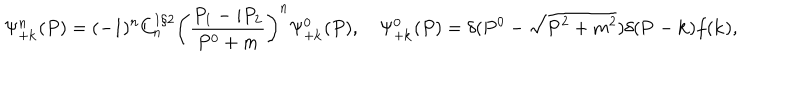
\Psi _ { + \bf k } ^ { n } ( P ) = ( - 1 ) ^ { n } C _ { n } ^ { 1 / 2 } \left( \frac { P _ { 1 } - i P _ { 2 } } { P ^ { 0 } + m } \right) ^ { n } \Psi _ { + \bf k } ^ { 0 } ( P ) , \quad \Psi _ { + \bf k } ^ { 0 } ( P ) = \delta ( P ^ { 0 } - \sqrt { { \bf P } ^ { 2 } + m ^ { 2 } } ) \delta ( { \bf P } - { \bf k } ) f ( { \bf k } ) ,